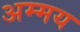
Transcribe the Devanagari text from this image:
अम्मय